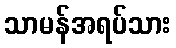
သာမန်အရပ်သား